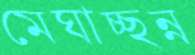
মেঘাচ্ছন্ন